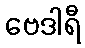
ဗေဒါရီ